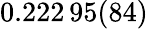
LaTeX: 0.222\, 95(84)